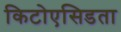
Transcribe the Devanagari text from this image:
किटोएसिडता